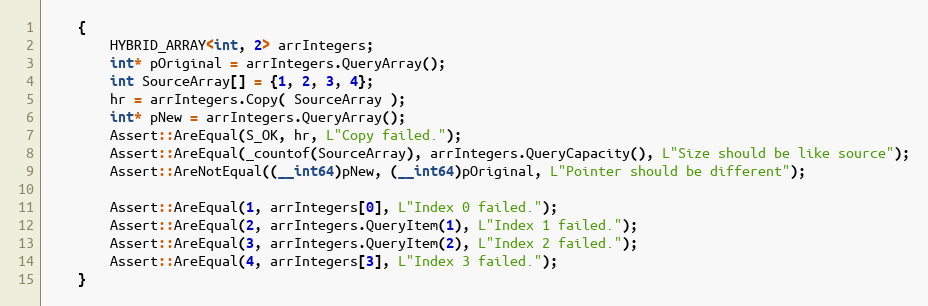
Language: C++
    {
        HYBRID_ARRAY<int, 2> arrIntegers;
        int* pOriginal = arrIntegers.QueryArray();
        int SourceArray[] = {1, 2, 3, 4};
        hr = arrIntegers.Copy( SourceArray );
        int* pNew = arrIntegers.QueryArray();
        Assert::AreEqual(S_OK, hr, L"Copy failed.");
        Assert::AreEqual(_countof(SourceArray), arrIntegers.QueryCapacity(), L"Size should be like source");
        Assert::AreNotEqual((__int64)pNew, (__int64)pOriginal, L"Pointer should be different");

        Assert::AreEqual(1, arrIntegers[0], L"Index 0 failed.");
        Assert::AreEqual(2, arrIntegers.QueryItem(1), L"Index 1 failed.");
        Assert::AreEqual(3, arrIntegers.QueryItem(2), L"Index 2 failed.");
        Assert::AreEqual(4, arrIntegers[3], L"Index 3 failed.");
    }